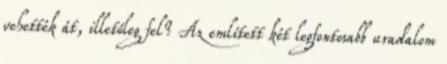
vehették át, illetőleg fel? Az említett két legfontosabb uradalom